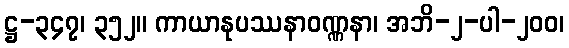
ဋ္ဌ-၃၄၇၊ ၃၅၂။ ကာယာနုပဿနာဝဏ္ဏနာ၊ အဘိ-၂-ပါ-၂၀၀၊